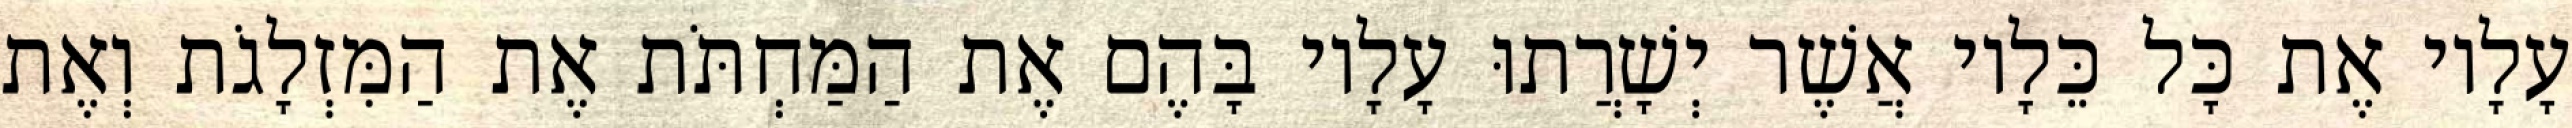
עָלָיו אֶת כָּל כֵּלָיו אֲשֶׁר יְשָׁרֲתוּ עָלָיו בָּהֶם אֶת הַמַּחְתֹּת אֶת הַמִּזְלָגֹת וְאֶת